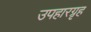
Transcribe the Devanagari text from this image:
उपहारग्रृह